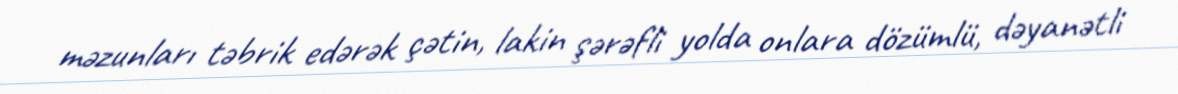
məzunları təbrik edərək çətin, lakin şərəfli yolda onlara dözümlü, dəyanətli